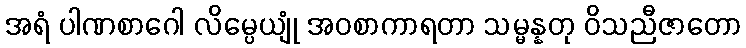
အရံ ပါဏစာဂေါ လိမ္ပေယျုံ အဝစာကာရတာ သမ္မန္နတု ဝိသညီဇာတော